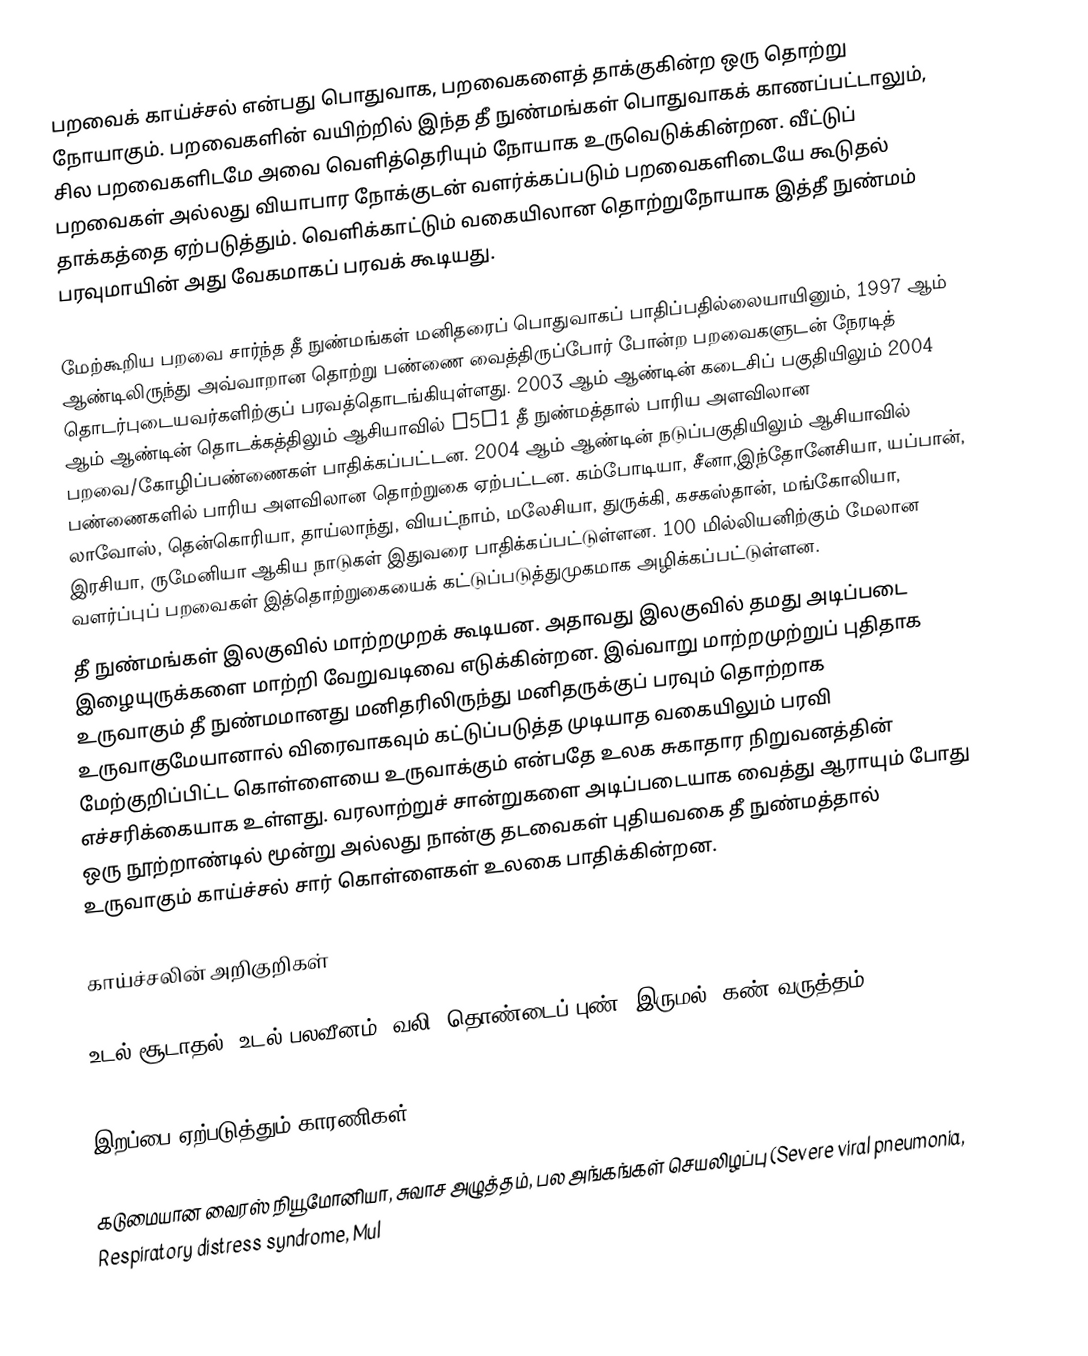
பறவைக் காய்ச்சல் என்பது பொதுவாக, பறவைகளைத் தாக்குகின்ற ஒரு தொற்று நோயாகும். பறவைகளின் வயிற்றில் இந்த தீ நுண்மங்கள் பொதுவாகக் காணப்பட்டாலும், சில பறவைகளிடமே அவை வெளித்தெரியும் நோயாக உருவெடுக்கின்றன. வீட்டுப் பறவைகள் அல்லது வியாபார நோக்குடன் வளர்க்கப்படும் பறவைகளிடையே கூடுதல் தாக்கத்தை ஏற்படுத்தும். வெளிக்காட்டும் வகையிலான தொற்றுநோயாக இத்தீ நுண்மம் பரவுமாயின் அது வேகமாகப் பரவக் கூடியது.

மேற்கூறிய பறவை சார்ந்த தீ நுண்மங்கள் மனிதரைப் பொதுவாகப் பாதிப்பதில்லையாயினும், 1997 ஆம் ஆண்டிலிருந்து அவ்வாறான தொற்று பண்ணை வைத்திருப்போர் போன்ற பறவைகளுடன் நேரடித் தொடர்புடையவர்களிற்குப் பரவத்தொடங்கியுள்ளது. 2003 ஆம் ஆண்டின் கடைசிப் பகுதியிலும் 2004 ஆம் ஆண்டின் தொடக்கத்திலும் ஆசியாவில் H5N1 தீ நுண்மத்தால் பாரிய அளவிலான பறவை/கோழிப்பண்ணைகள் பாதிக்கப்பட்டன. 2004 ஆம் ஆண்டின் நடுப்பகுதியிலும் ஆசியாவில் பண்ணைகளில் பாரிய அளவிலான தொற்றுகை ஏற்பட்டன. கம்போடியா, சீனா,இந்தோனேசியா, யப்பான், லாவோஸ், தென்கொரியா, தாய்லாந்து, வியட்நாம், மலேசியா, துருக்கி, கசகஸ்தான், மங்கோலியா, இரசியா, ருமேனியா ஆகிய நாடுகள் இதுவரை பாதிக்கப்பட்டுள்ளன. 100 மில்லியனிற்கும் மேலான வளர்ப்புப் பறவைகள் இத்தொற்றுகையைக் கட்டுப்படுத்துமுகமாக அழிக்கப்பட்டுள்ளன.
தீ நுண்மங்கள் இலகுவில் மாற்றமுறக் கூடியன. அதாவது இலகுவில் தமது அடிப்படை இழையுருக்களை மாற்றி வேறுவடிவை எடுக்கின்றன. இவ்வாறு மாற்றமுற்றுப் புதிதாக உருவாகும் தீ நுண்மமானது மனிதரிலிருந்து மனிதருக்குப் பரவும் தொற்றாக உருவாகுமேயானால் விரைவாகவும் கட்டுப்படுத்த முடியாத வகையிலும் பரவி மேற்குறிப்பிட்ட கொள்ளையை உருவாக்கும் என்பதே உலக சுகாதார நிறுவனத்தின் எச்சரிக்கையாக உள்ளது. வரலாற்றுச் சான்றுகளை அடிப்படையாக வைத்து ஆராயும் போது ஒரு நூற்றாண்டில் மூன்று அல்லது நான்கு தடவைகள் புதியவகை தீ நுண்மத்தால் உருவாகும் காய்ச்சல் சார் கொள்ளைகள் உலகை பாதிக்கின்றன.

காய்ச்சலின் அறிகுறிகள்

உடல் சூடாதல், உடல் பலவீனம், வலி, தொண்டைப் புண், இருமல், கண் வருத்தம் (Fever, Muscle weakness and/or pain, Sore throat and cough, Sore eyes -conjunctivitis )

இறப்பை ஏற்படுத்தும் காரணிகள்

கடுமையான வைரஸ் நியூமோனியா, சுவாச அழுத்தம், பல அங்கங்கள் செயலிழப்பு (Severe viral pneumonia, Respiratory distress syndrome, Mul